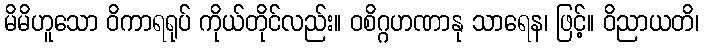
မိမိဟူသော ဝိကာရရုပ် ကိုယ်တိုင်လည်း။ ဝစိဂ္ဂဟဏာနု သာရေန၊ ဖြင့်။ ဝိညာယတိ၊